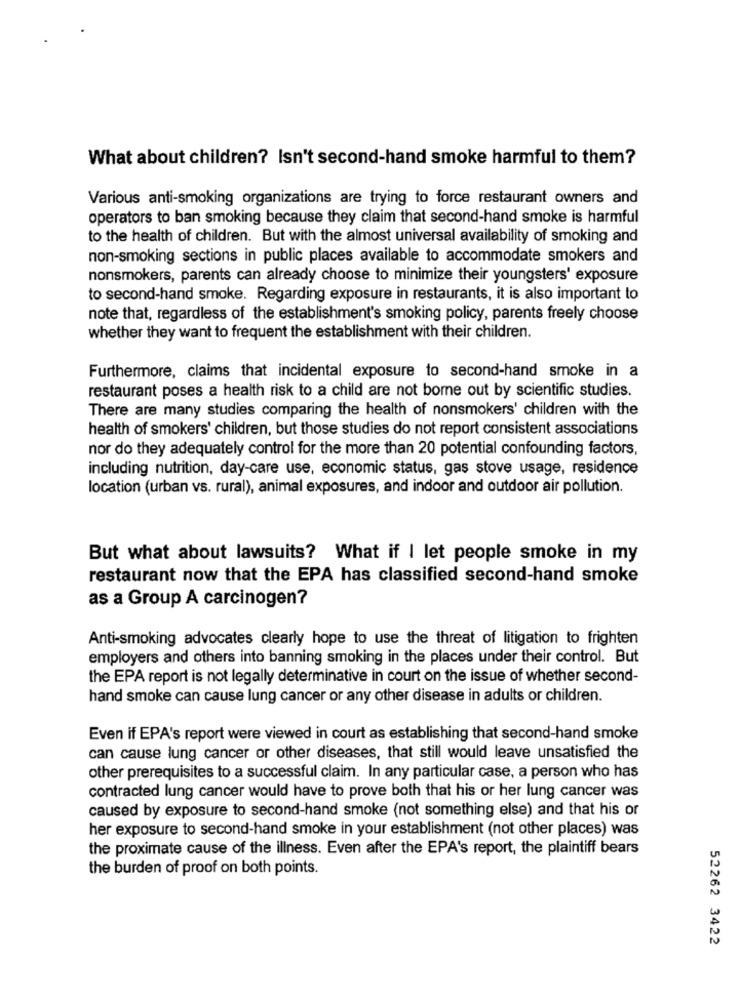
What about children? Isn't second-hand smoke harmful to them?
Various anti-smoking organizations are trying to force restaurant owners and
operators to ban smoking because they claim that second-hand smoke is harmful
to the health of children. But with the almost universal availability of smoking and
non-smoking sections in public places available to accommodate smokers and
nonsmokers, parents can already choose to minimize their youngsters' exposure
to second-hand smoke. Regarding exposure in restaurants, it is also important to
note that, regardless of the establishment's smoking policy, parents freely choose
whether they want to frequent the establishment with their children.
Furthermore, claims that incidental exposure to second-hand smoke in a
restaurant poses a health risk to a child are not bore out by scientific studies.
There are many studies comparing the health of nonsmokers' children with the
health of smokers' children, but those studies do not report consistent associations
nor do they adequately control for the more than 20 potential confounding factors,
including nutrition, day-care use, economic status, gas stove usage, residence
location (urban vs. rural), animal exposures, and indoor and outdoor air pollution.
But what about lawsuits? What if I let people smoke in my
restaurant now that the EPA has classified second-hand smoke
as a Group A carcinogen?
Anti-smoking advocates clearly hope to use the threat of litigation to frighten
employers and others into banning smoking in the places under their control. But
the EPA report is not legally determinative in court on the issue of whether second-
hand smoke can cause lung cancer or any other disease in adults or children.
Even if EPA's report were viewed in court as establishing that second-hand smoke
can cause lung cancer or other diseases, that still would leave unsatisfied the
other prerequisites to a successful claim. In any particular case, a person who has
contracted lung cancer would have to prove both that his or her lung cancer was
caused by exposure to second-hand smoke (not something else) and that his or
her exposure to second-hand smoke in your establishment (not other places) was
the proximate cause of the illness. Even after the EPA's report, the plaintiff bears
the burden of proof on both points.
52262 3422